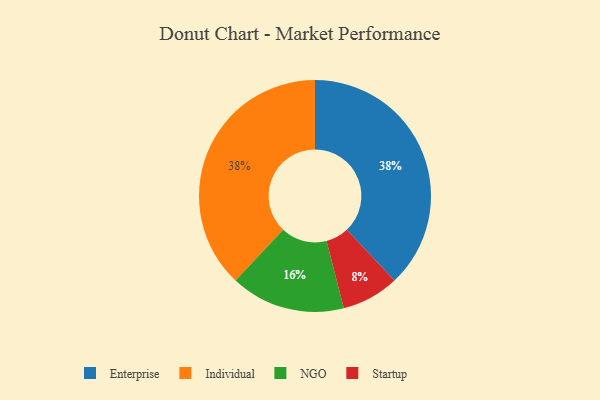
{"axis": {"x": "Category", "y": "Percentage"}, "legend": ["Enterprise", "Individual", "NGO", "Startup"], "data": [{"x": "Startup", "y": 8, "type": "Startup"}, {"x": "NGO", "y": 16, "type": "NGO"}, {"x": "Enterprise", "y": 38, "type": "Enterprise"}, {"x": "Individual", "y": 38, "type": "Individual"}]}